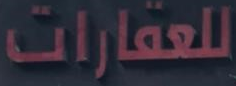
للعقارات